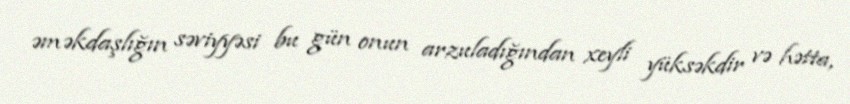
əməkdaşlığın səviyyəsi bu gün onun arzuladığından xeyli yüksəkdir və hətta,